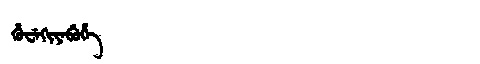
Manchu: ᡥᡠᠸᡝᡴᡳᠶᡝᠪᡠᡥᡝ
Romanization: HUWEKIYEBUHE